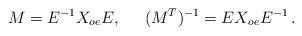
LaTeX: \begin{align*}M = E^{-1} X_{oe} E, \;\;\;\;\;(M^T)^{-1} = E X_{oe} E^{-1}\,.\end{align*}